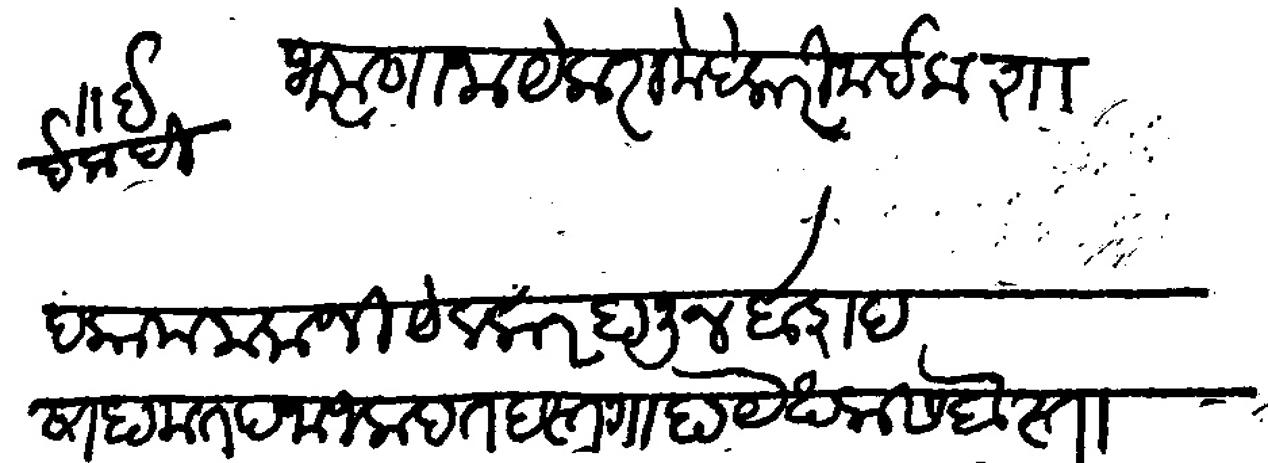
Transliteration (Devanagari): इलाही भरमणा नायेकरा मेदकेरी नाईक शादकाम मलाजी येलकर हानूबाशद साहामत पनाहा जलादत दस्तगाहा येखलास बेस्ताणी